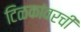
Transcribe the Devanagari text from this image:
टिळकांवरची